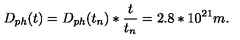
D _ { p h } ( t ) = D _ { p h } ( t _ { n } ) * \frac { t } { t _ { n } } = 2 . 8 * 1 0 ^ { 2 1 } m .